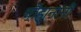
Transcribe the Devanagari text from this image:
चाैहानांनी